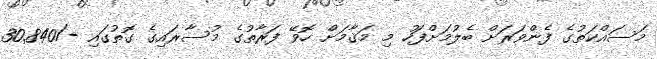
މަސައްކަތުގެ ފެންވަރަށް ބެލުމަށްފަހު މި މަޤާމަށް ހޮވޭ ފަރާތުގެ މުސާރައިގެ ގޮތުގައި -/30